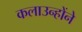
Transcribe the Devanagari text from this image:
कलाउन्होंने